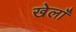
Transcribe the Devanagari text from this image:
खेलाँ